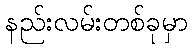
နည်းလမ်းတစ်ခုမှာ